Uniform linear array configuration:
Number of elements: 4
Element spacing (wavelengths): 0.25
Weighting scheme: kaiser
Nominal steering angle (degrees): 15
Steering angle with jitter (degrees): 15.425
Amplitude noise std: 0.05
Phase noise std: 0.05

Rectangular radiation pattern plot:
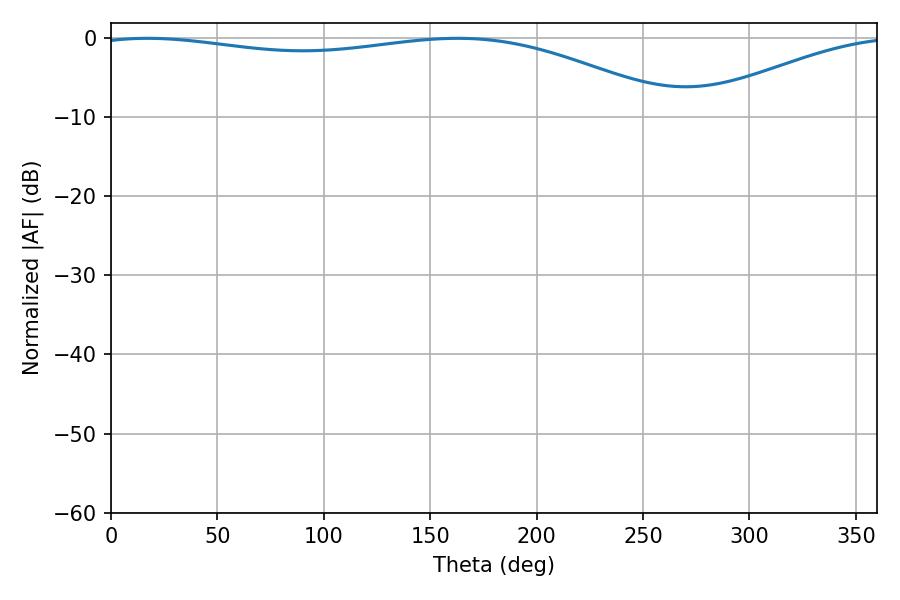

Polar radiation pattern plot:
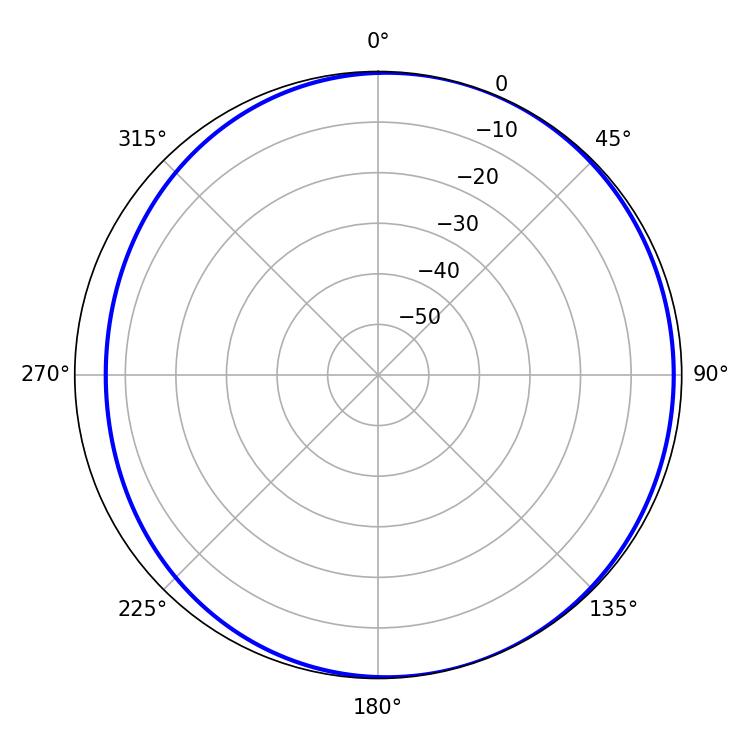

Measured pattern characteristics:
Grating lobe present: FALSE
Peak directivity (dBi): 3.826
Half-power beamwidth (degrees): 220.86
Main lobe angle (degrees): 17.1